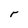
Character: r